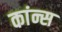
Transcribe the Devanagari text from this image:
कांन्स